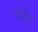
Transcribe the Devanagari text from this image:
पर्वज